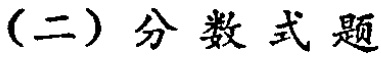
(二) 分数式题